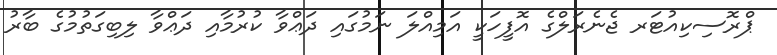
ޕްރޮސިކިއުޓަރ ޖެނެރަލްގެ އޮފީހަކީ އަމިއްލަ ނަމުގައި ދަޢްވާ ކުރުމާއި ދަޢްވާ ލިބިގަތުމުގެ ބާރު